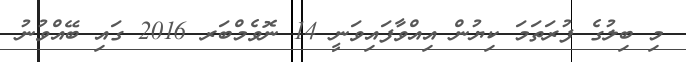
މި ބިލުގެ ފުރަތަމަ ކިޔުން އިއްވާފައިވަނީ 14 ނޮވެމްބަރ 2016 ގައި ބޭއްވުނު